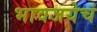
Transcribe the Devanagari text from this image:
भावजयेचं